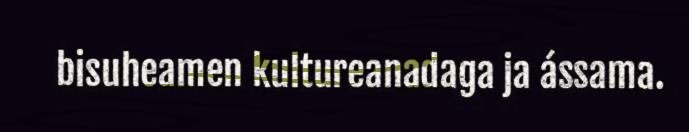
bisuheamen kultureanadaga ja ássama.